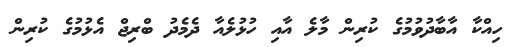
ހިއްކާ އާބާދުވުމުގެ ކުރިން މާލެ އާއި ހުޅުލެއާ ދެމެދު ބްރިޖް އެޅުމުގެ ކުރިން